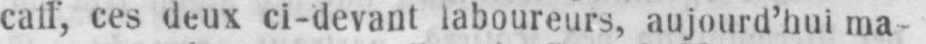
caff, ces deux ci-devant laboureurs, aujourd’hui ma-